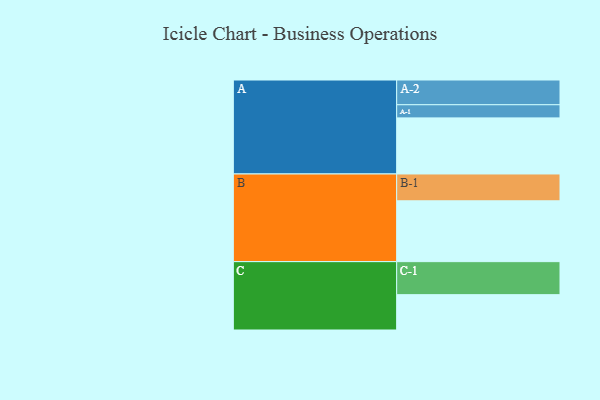
{"axis": {"x": "Segment", "y": "Value"}, "legend": ["", "A", "B", "C"], "data": [{"x": "A", "y": 508, "type": ""}, {"x": "B", "y": 551, "type": ""}, {"x": "C", "y": 320, "type": ""}, {"x": "A-1", "y": 119, "type": "A"}, {"x": "A-2", "y": 224, "type": "A"}, {"x": "B-1", "y": 243, "type": "B"}, {"x": "C-1", "y": 299, "type": "C"}]}